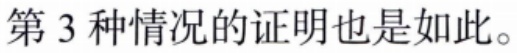
第 3 种情况的证明也是如此。